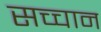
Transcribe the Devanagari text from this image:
सच्चान